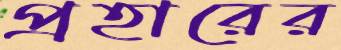
প্রহারের